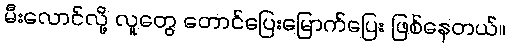
မီးလောင်လို့ လူတွေ တောင်ပြေးမြောက်ပြေး ဖြစ်နေတယ်။